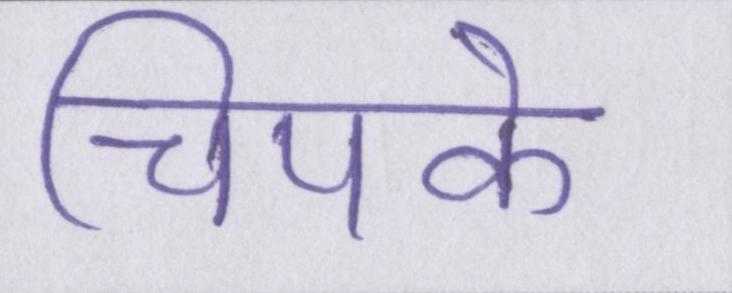
चिपके